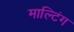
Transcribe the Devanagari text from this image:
माल्टिंग